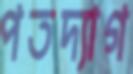
পতদ্যাগ